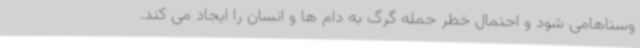
وستاهامی شود و احتمال خطر حمله گرگ به دام ها و انسان را ایجاد می کند.